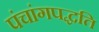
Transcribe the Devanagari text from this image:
पंचांगपद्धति